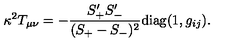
\kappa ^ { 2 } T _ { \mu \nu } = - \frac { S _ { + } ^ { \prime } S _ { - } ^ { \prime } } { ( S _ { + } - S _ { - } ) ^ { 2 } } \mathrm { d i a g } ( 1 , g _ { i j } ) .